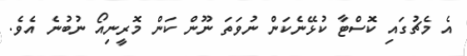
އެ މެޗުގައި ކޮސްޓާ ކުޅޭނެކަން ނުވަތަ ނޫން ކަން މޮރީނިއޯ ނުބުނެ އެވެ.